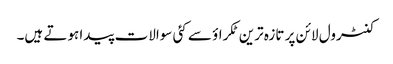
کنٹرول لائن پر تازہ ترین ٹکراؤ سے کئی سوالات پیدا ہوتے ہیں۔